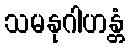
သမနုဂါဟန္တံ